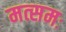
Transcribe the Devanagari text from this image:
मत्समः